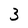
Character: 3